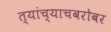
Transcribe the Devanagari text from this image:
त्यांच्याचबरोबर